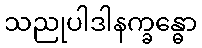
သညုပါဒါနက္ခန္ဓော